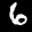
Label: 6